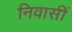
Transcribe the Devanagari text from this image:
निवासीं